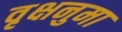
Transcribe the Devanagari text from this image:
वृक्षनुमा